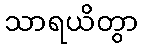
သာရယိတွာ